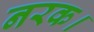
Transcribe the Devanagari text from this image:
नरक।